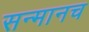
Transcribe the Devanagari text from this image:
सन्मानच